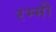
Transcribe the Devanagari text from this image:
रम्मी